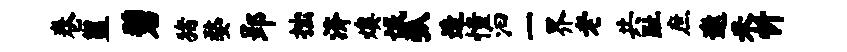
卷盥碧猪婺郢拙济燠氓弧造憧汩一界老共趾庶邀米忻